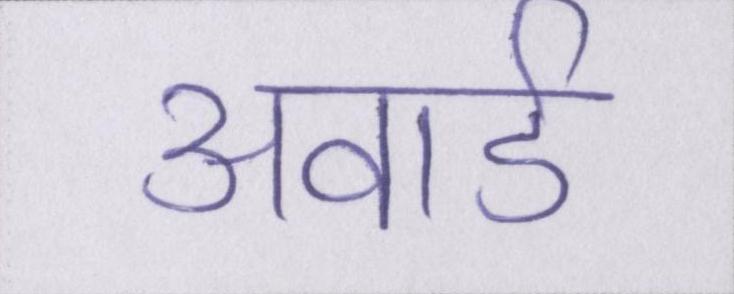
अवार्ड